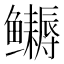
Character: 𬶹